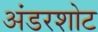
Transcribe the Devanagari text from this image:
अंडरशोट